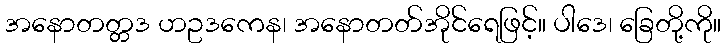
အနောတတ္တဒ ဟဥဒကေန၊ အနောတတ်အိုင်ရေဖြင့်။ ပါဒေ၊ ခြေတို့ကို။